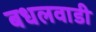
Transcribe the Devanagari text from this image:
बधलवाडी